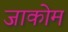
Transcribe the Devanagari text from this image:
जाकोम